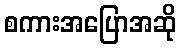
စကားအပြောအဆို